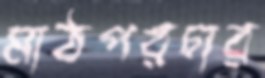
মাঠপরচার